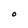
Character: O